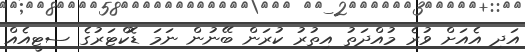
އަދި އެއަށް ވުރެ މުއްދަތު އިތުރު ކުރަން ބޭނުން ނަމަ ޑޮކްޓަރުގެ ސިޓީއެއް